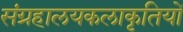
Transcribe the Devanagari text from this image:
संग्रहालयकलाकृतियों